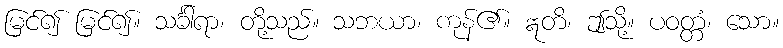
မြင်၍ မြင်၍။ သင်္ခါရာ၊ တို့သည်။ သဘယာ၊ ကုန်၏။ ဣတိ၊ ဤသို့။ ပဝတ္တံ၊ သော။